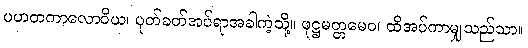
ပဟတကာလောဝိယ၊ ပုတ်ခတ်အပ်ရာအခါကဲ့သို့။ ဖုဋ္ဌမတ္တမေဝ၊ ထိအပ်ကာမျှသည်သာ။